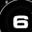
Digit: 6